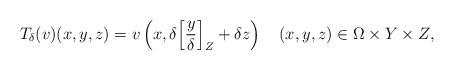
LaTeX: \begin{align*}T_{\delta}(v)(x,y,z)=v \left( x, \delta\Bigl[\frac{y}{\delta}\Bigr]_{Z} +\delta z \right) \quad (x,y,z) \in\Omega\times Y \times Z,\end{align*}